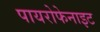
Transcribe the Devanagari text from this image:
पायरोफेनाइट